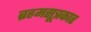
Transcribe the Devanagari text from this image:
ब्रह्रमसूत्रकार